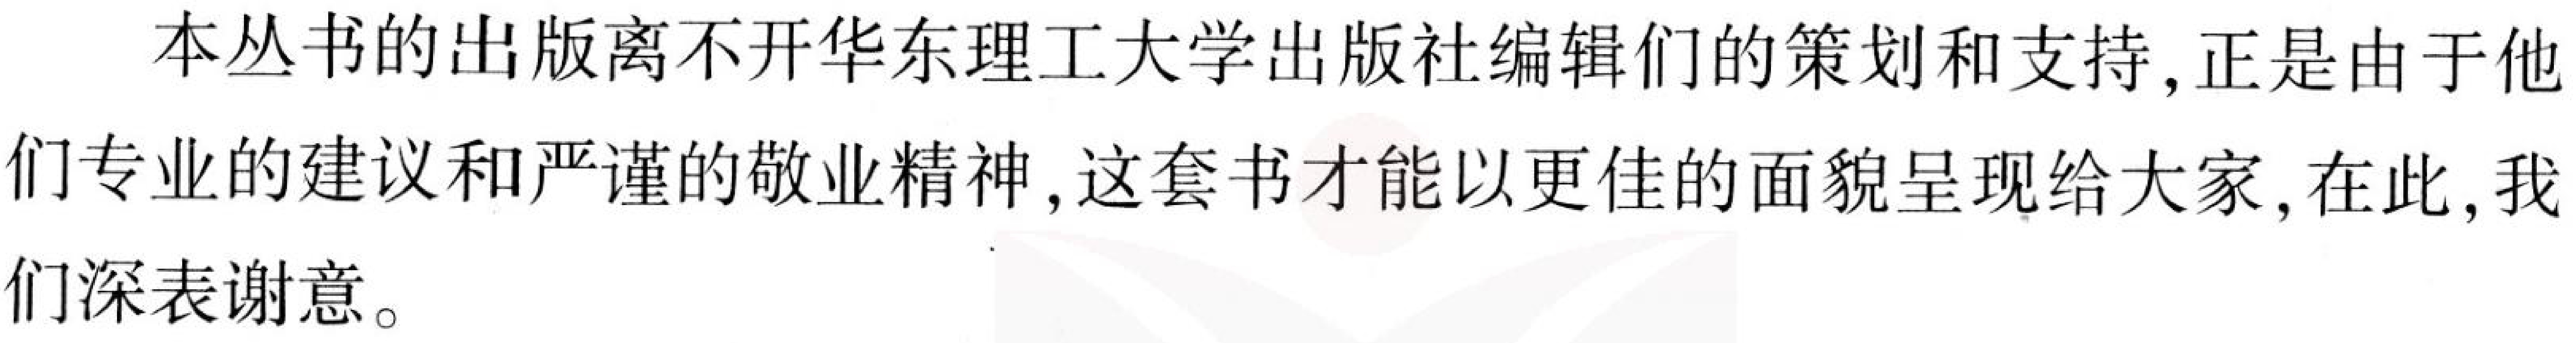
本丛书的出版离不开华东理工大学出版社编辑们的策划和支持,正是由于他
们专业的建议和严谨的敬业精神,这套书才能以更佳的面貌呈现给大家,在此,我
们深表谢意。